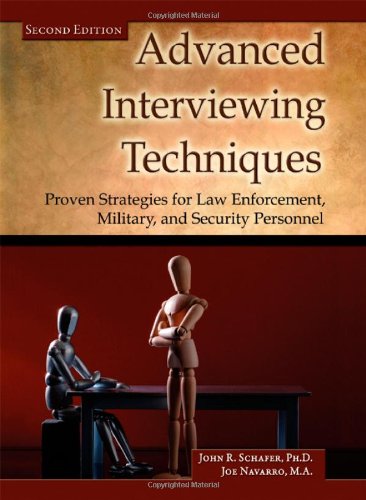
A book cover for Advanced Interviewing Techniques: Proven Strategies for Law Enforcement, Military, and Security Personnel (Second Edition); John R. Schafer; Law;